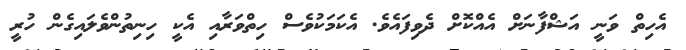
އެހިތް ވަނީ އަޝްފާނަށް އެއްކޮށް ދެވިފައެވެ. އެކަމަކުވެސް ހިތްވަރާއި އެކީ ހިނިތުންވެލައިގެން ހުރީ